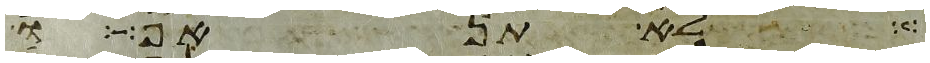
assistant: לא תראו